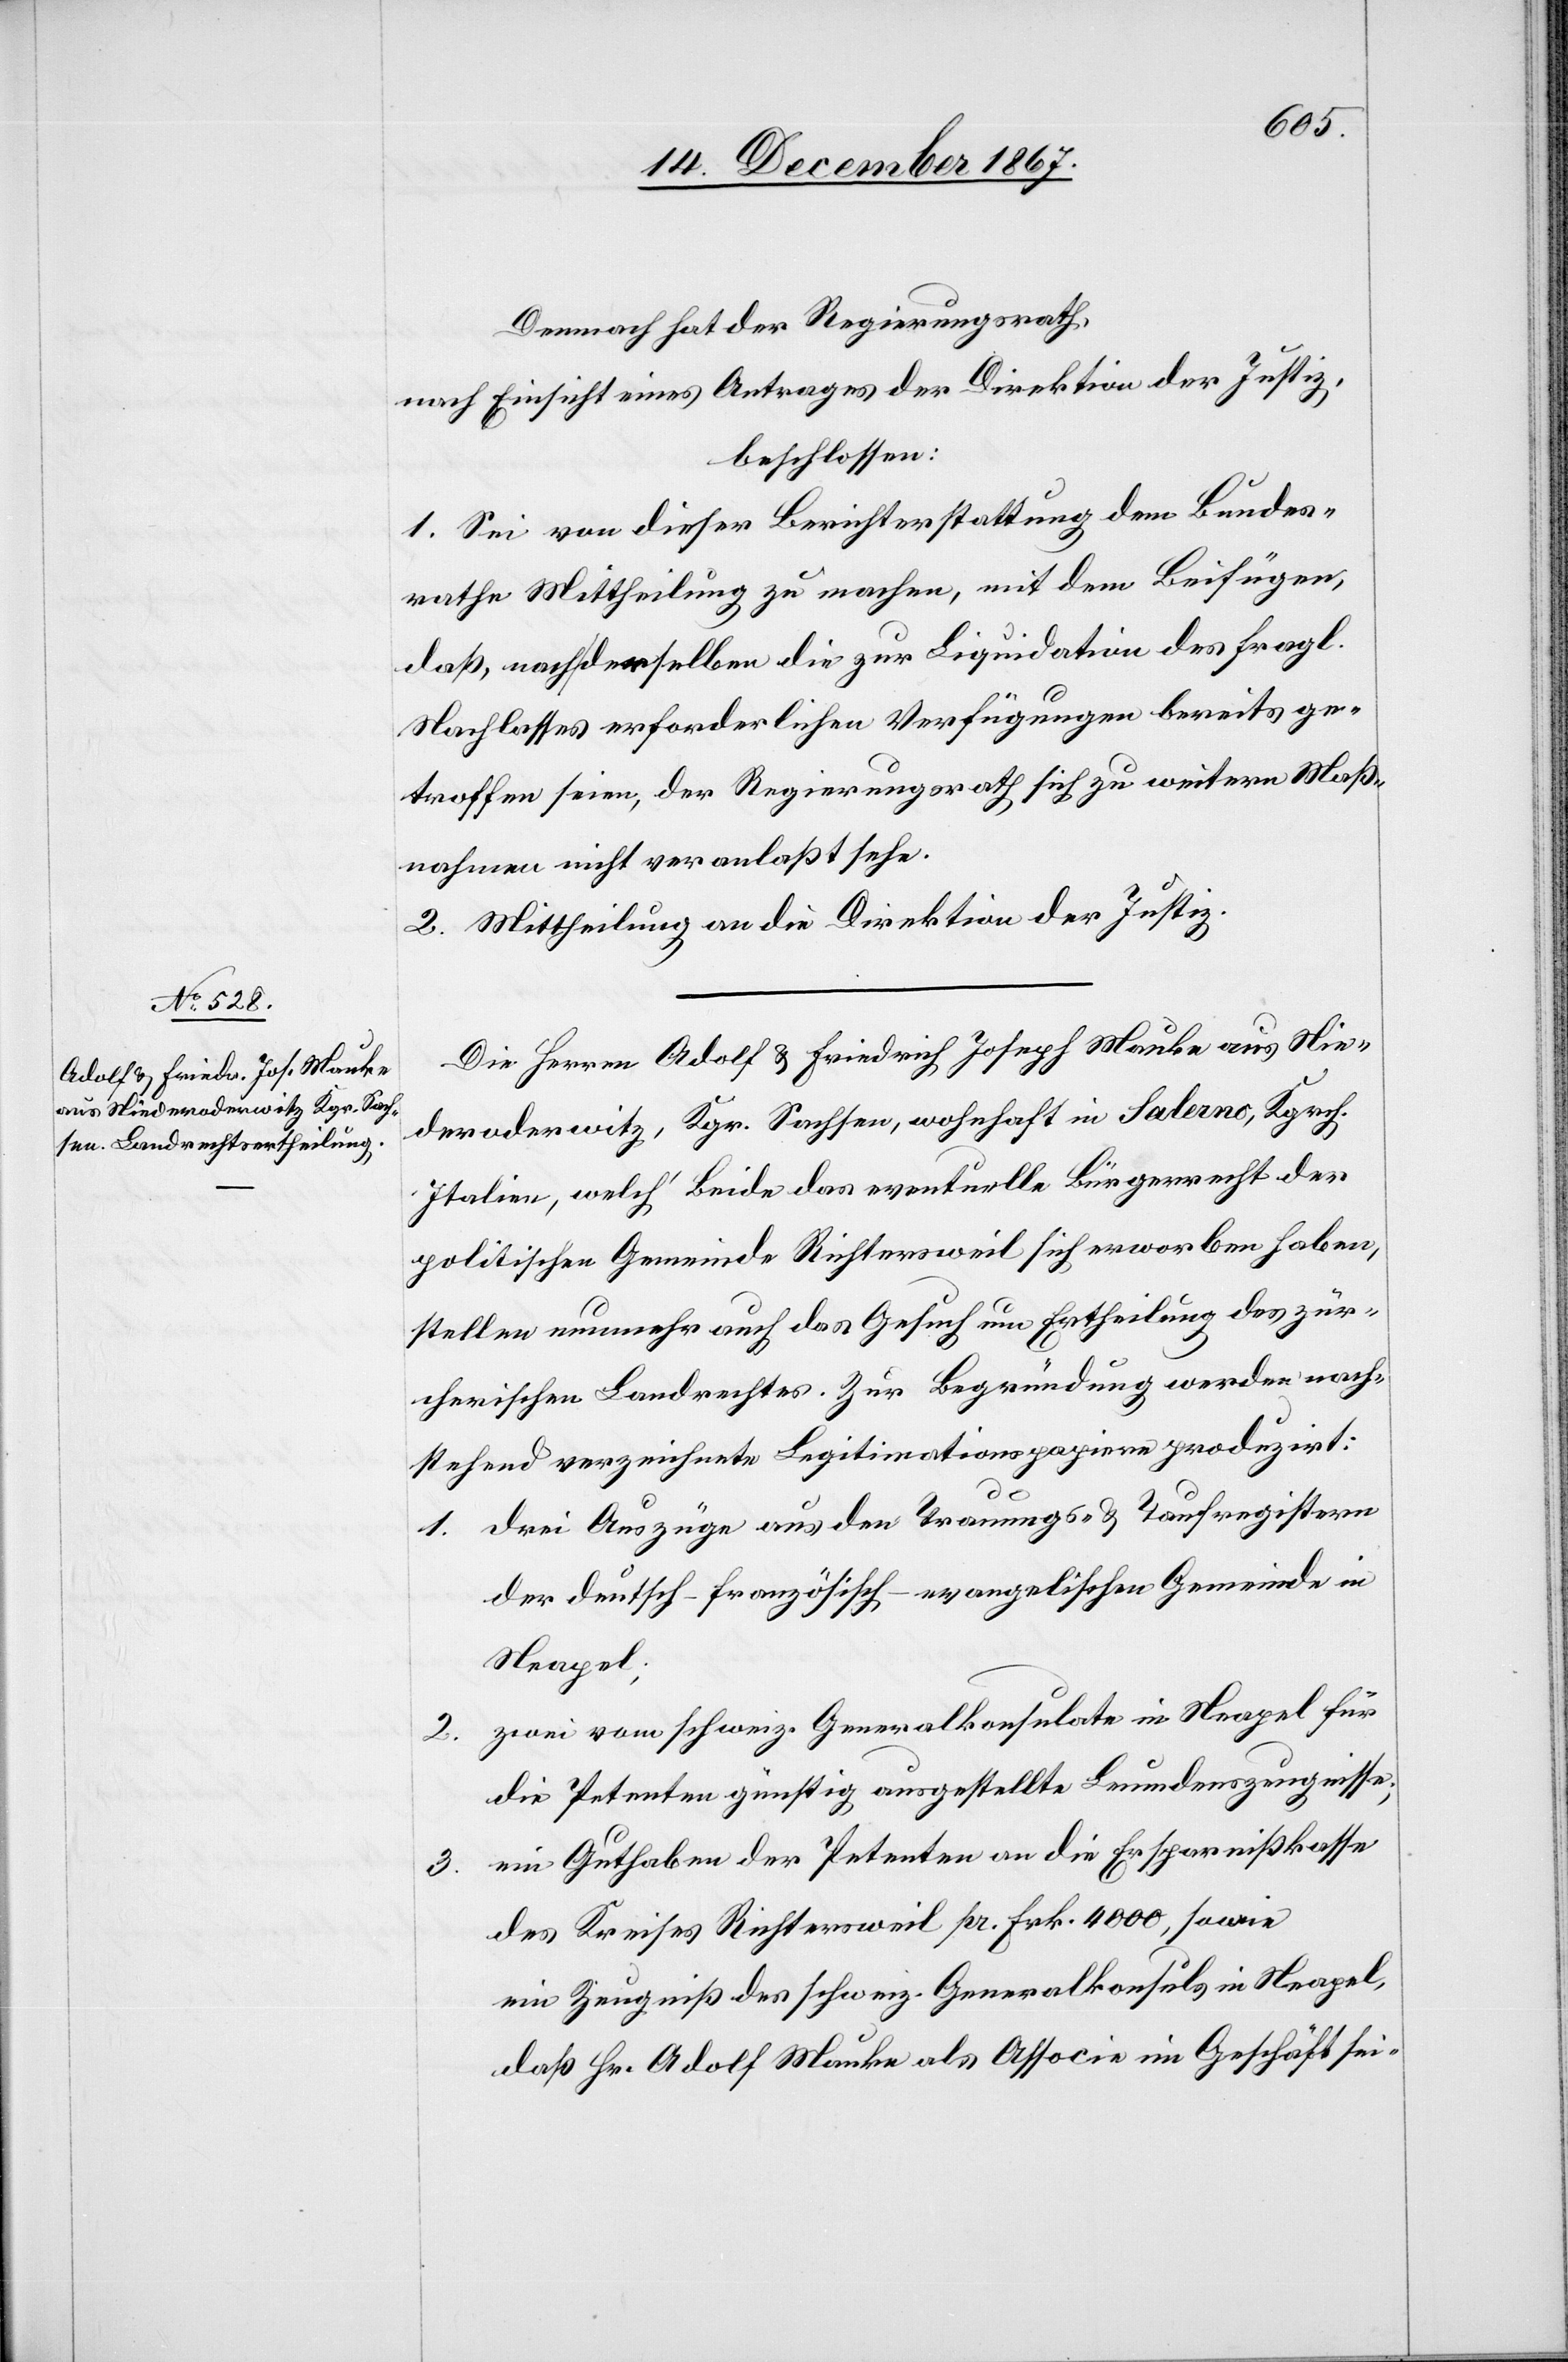
Demnach hat der Regierungsrath,
nach Einsicht eines Antrages der Direktion der Justiz,
beschlossen:
1. Sei von dieser Berichterstattung dem Bundes¬
rathe Mittheilung zu machen, mit dem Beifügen,
daß, nach demselben die zur Liquidation des fragl.
Nachlasses erforderlichen Verfügungen bereits ge¬
troffen seien, der Regierungsrath sich zu weitern Maß¬
nahmen nicht veranlaßt sehe.
2. Mittheilung an die Direktion der Justiz.
Die Herren Adolf u. Friedrich Joseph Mauke aus Nie¬
deroderwitz, Kgr. Sachsen, wohnhaft in Salerno, Kgrch.
Italien, welch beide das eventuelle Bürgerrecht der
politischen Gemeinde Richtersweil sich erworben haben,
stellen nunmehr auf das Gesuch um Ertheilung des zür¬
cherischen Landrechtes. Zur Begründung werden nach¬
stehend verzeichnete Legitimationspapiere produzirt:
1. drei Auszüge aus den Trauungs- u. Taufregistern
der deutsch-französisch-evangelischen Gemeinde in
Neapel;
2. zwei vom schweiz. Generalkonsul in Neapel für
die Petenten günstig ausgestellte Leumdenszeugnisse;
3. ein Guthaben der Petenten an die Ersparnißkasse
des Kreises Richtersweil pr. Frk. 4000, sowie
ein Zeugniß des schweiz. Generalkonsulates in Neapel,
daß Hr. Adolf Mauke als Associe im Geschäft sei-